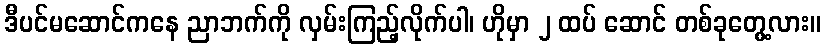
ဒီပင်မဆောင်ကနေ ညာဘက်ကို လှမ်းကြည့်လိုက်ပါ၊ ဟိုမှာ ၂ ထပ် ဆောင် တစ်ခုတွေ့လား။